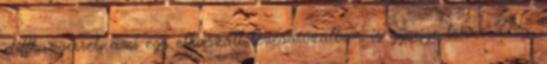
cliffhangerrel, ami egy elkaszált tévésorozatban is gyenge lenne". Na,